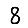
Digit: 8